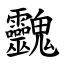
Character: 䰱